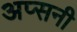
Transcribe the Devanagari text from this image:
अप्सनी